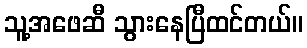
သူ့အဖေဆီ သွားနေပြီထင်တယ်။